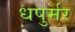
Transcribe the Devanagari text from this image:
धपुर्मर